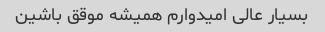
بسیار عالی امیدوارم همیشه موقق باشین